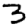
Digit: 3